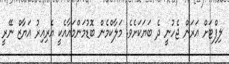
ލިފްޓަށް އަރަން ޖެހުނީ ދެ ބަޔަކަށެވެ. މަލާކްމެން ބޮޑުމަންމައާއެކީ އެރިއިރު އަޔާޒް ނޭރީ